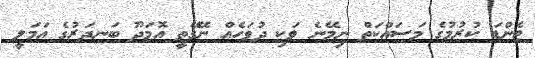
ޓެންޑަ ކުރުމުގެ މަސައްކަތް ނިމޭނެ ވަކި ދުވަހެއް ނޭގޭތީ އޮމަދޫ ބަނދަރުގެ އަމަލީ